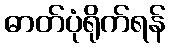
ဓာတ်ပုံရိုက်ရန်